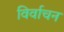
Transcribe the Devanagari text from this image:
विर्वाचन